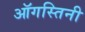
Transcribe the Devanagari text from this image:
ऑगस्तिनी